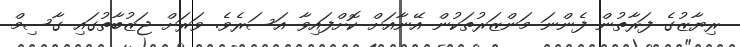
ރިޔާޒުގެ ފަރާތުން ފެންނަ މަންޒަރުތަކުން އޭނާއަށް ކޮށްފައިވާ އަސަރެވެ. ވަރަށް ޖަޒުބާތުގައި ގާސިމް